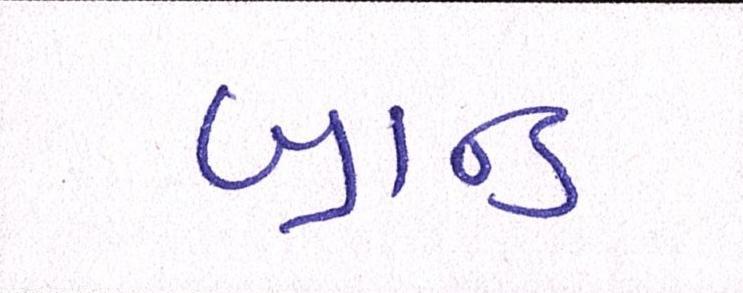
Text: બ્રાન્ડ